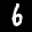
Label: 6